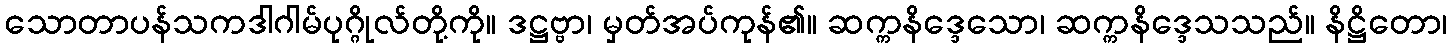
သောတာပန်သကဒါဂါမ်ပုဂ္ဂိုလ်တို့ကို။ ဒဋ္ဌဗ္ဗာ၊ မှတ်အပ်ကုန်၏။ ဆက္ကနိဒ္ဒေသော၊ ဆက္ကနိဒ္ဒေသသည်။ နိဋ္ဌိတော၊